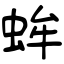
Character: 蛑